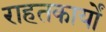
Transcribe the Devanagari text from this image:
राहतकार्यों